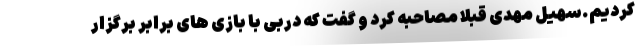
کردیم.سهیل مهدی قبلا مصاحبه کرد و گفت که دربی با بازی های برابر برگزار